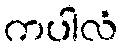
ကပါလံ